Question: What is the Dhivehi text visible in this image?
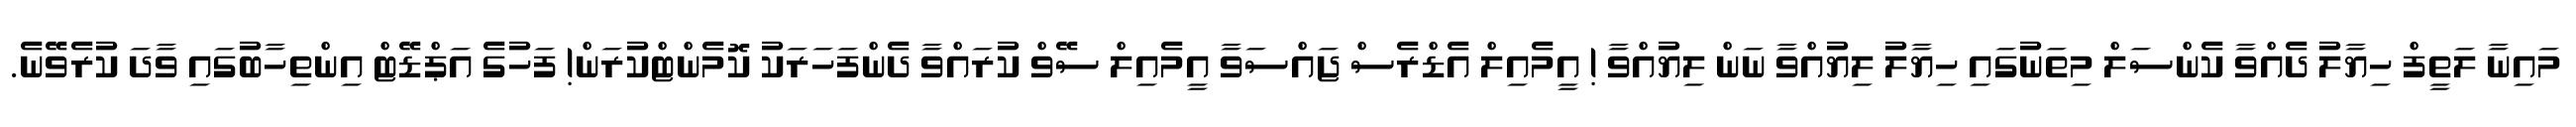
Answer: މައިނާ ލަތީފް ހިޔާލު ދެއްވާ ކެންސަލް މިތަނުގައި ހިޔާލު ލިޔުއްވާ ނަން ލިޔުއްވާ ! އީމެއިލް އެޑްރެސް ޖައްސަވާ އީމެއިލް ސޭވް ކުރައްވާ ދެންފަހަރަކު ކޮމެންޓްކުރަން! ފަހުގެ އަޕްޑޭޓް އިންތިހާބުގައި ވާދަ ކުރެވޭނެ.